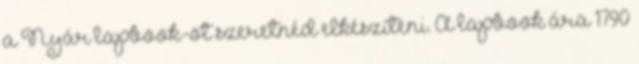
a Nyár lapbook-ot szeretnéd elkészíteni. A lapbook ára 1790